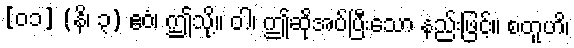
[၀၁] (နိ၊ ၃) ဧဝံ၊ ဤသို့။ ဝါ၊ ဤဆိုအပ်ပြီးသော နည်းဖြင့်။ စတူဟိ၊